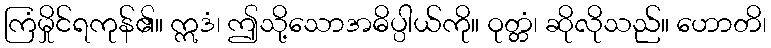
ကြံမှိုင်ရကုန်၏။ ဣဒံ၊ ဤသို့သောအဓိပ္ပါယ်ကို။ ဝုတ္တံ၊ ဆိုလိုသည်။ ဟောတိ၊